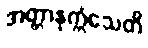
အတ္တာနုက္ကံသေတိ